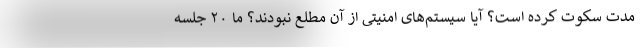
مدت سکوت کرده است؟ آیا سیستم‌های امنیتی از آن مطلع نبودند؟ ما ۲۰ جلسه